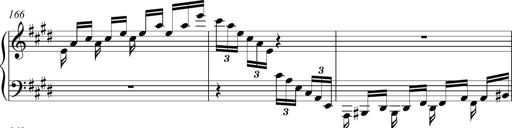
Title: Funeral March and Sonatina
Composer: Thomas Hellemans
Key: C-sharp minor